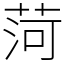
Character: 菏